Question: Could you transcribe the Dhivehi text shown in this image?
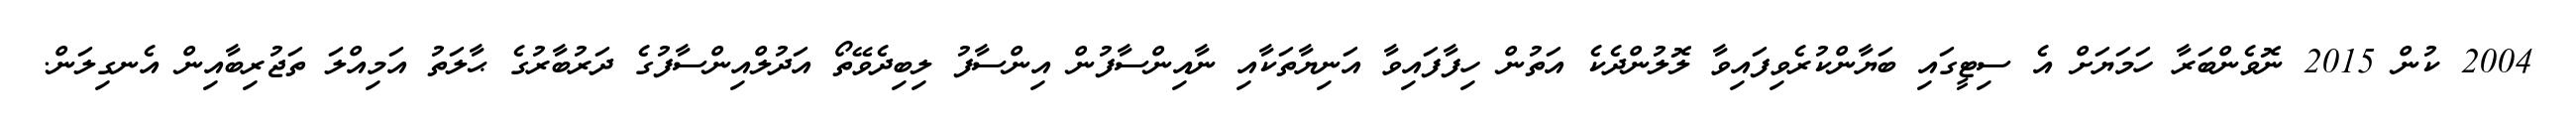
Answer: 2004 ކުން 2015 ނޮވެންބަރާ ހަމަޔަށް އެ ސިޓީގައި ބަޔާންކުރެވިފައިވާ ލޮލުންދެކެ އަތުން ހިފާފައިވާ އަނިޔާތަކާއި ނާއިންސާފުން އިންސާފު ލިބިދެވޭތޯ އަދުލްއިންސާފުގެ ދަރުބާރުގެ ޙާލަތު އަމިއްލަ ތަޖުރިބާއިން އެނގިލަން.